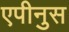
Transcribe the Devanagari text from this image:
एपीनुस